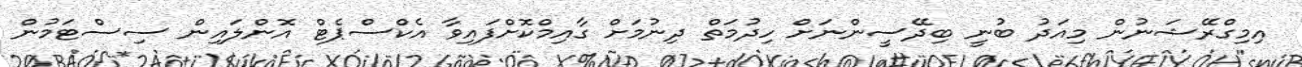
އިމިގްރޭޝަނުން މިއަދު ބުނީ ބިދޭސީންނަށް ހިދުމަތް ދިނުމަށް ގާއިމްކޮށްފައިވާ އެކްސްޕެޓް އޮންލައިން ސިސްޓަމުން